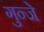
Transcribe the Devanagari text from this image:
गुन्जे